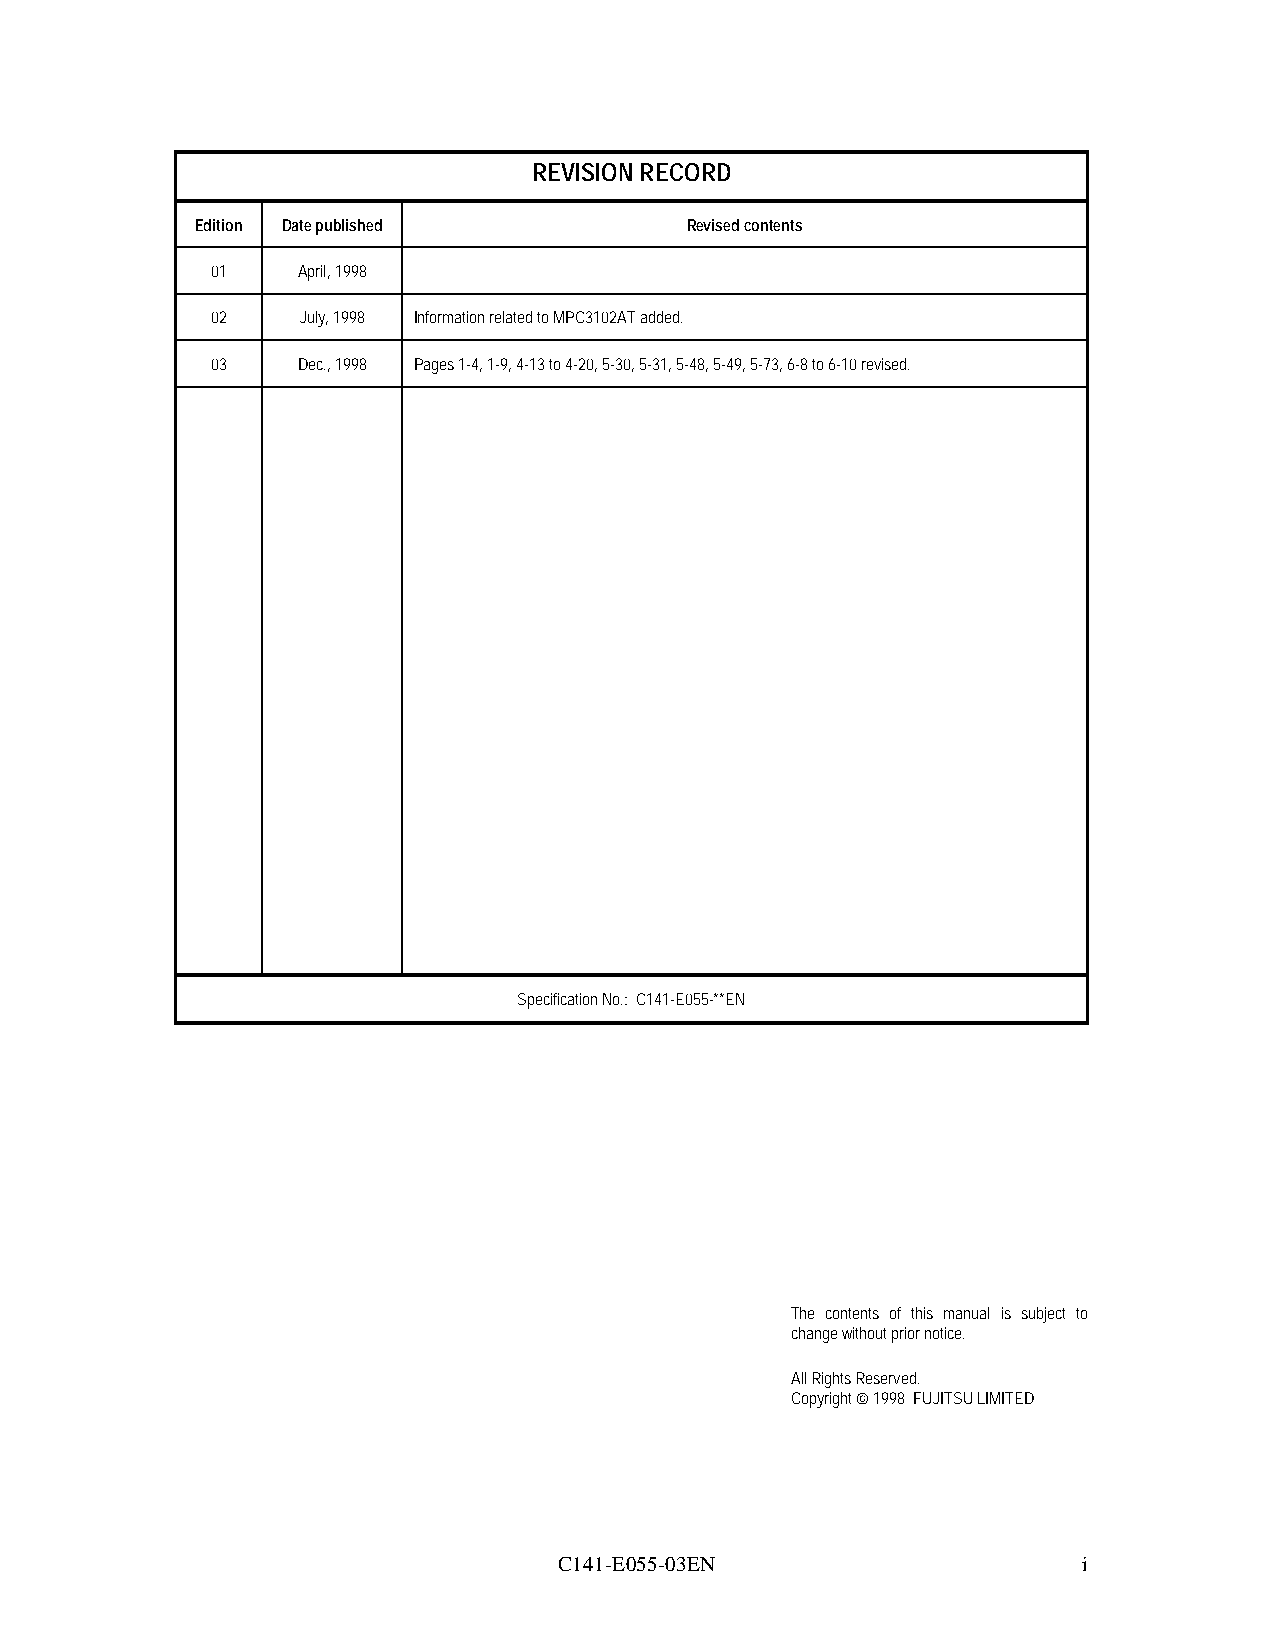
REVISION RECORD
 Edition Date published          Revised contents
 01    April, 1998
 02    July, 1998 Information related to MPC3102AT added.
 03    Dec., 1998 Pages 1-4, 1-9, 4-13 to 4-20, 5-30, 5-31, 5-48, 5-49, 5-73, 6-8 to 6-10 revised.
 Specification No.: C141-E055-**EN
 The contents of this manual is subject to
 change without prior notice.
 All Rights Reserved.
 Copyright ª 1998 FUJITSU LIMITED
 C141-E055-03EN                     i